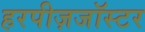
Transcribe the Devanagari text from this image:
हरपीज़जॉस्टर